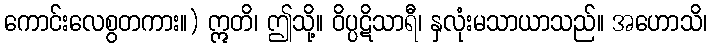
ကောင်းလေစွတကား။) ဣတိ၊ ဤသို့။ ဝိပ္ပဋိသာရီ၊ နှလုံးမသာယာသည်။ အဟောသိ၊